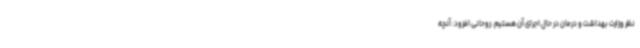
نظر وزارت بهداشت و درمان در حال اجرای آن هستیم. روحانی افزود: آنچه